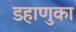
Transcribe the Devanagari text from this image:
डहाणुका